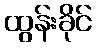
ထွန်းခိုင်